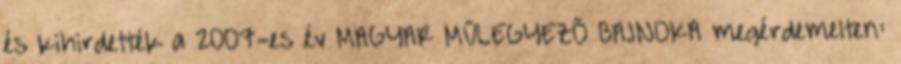
és kihirdették a 2007-es év MAGYAR MŰLEGYEZŐ BAJNOKA megérdemelten: